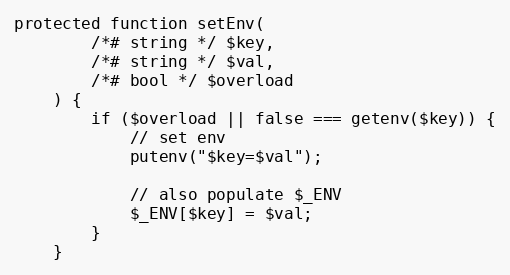
Language: PHP
protected function setEnv(
        /*# string */ $key,
        /*# string */ $val,
        /*# bool */ $overload
    ) {
        if ($overload || false === getenv($key)) {
            // set env
            putenv("$key=$val");

            // also populate $_ENV
            $_ENV[$key] = $val;
        }
    }